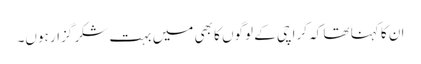
ان کا کہنا تھا کہ کراچی کے لوگوں کا بھی میں بہت شکر گزار ہوں۔